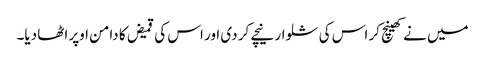
میں نے کھینچ کر اس کی شلوار نیچے کر دی اور اس کی قمیض کا دامن اوپر اٹھا دیا۔